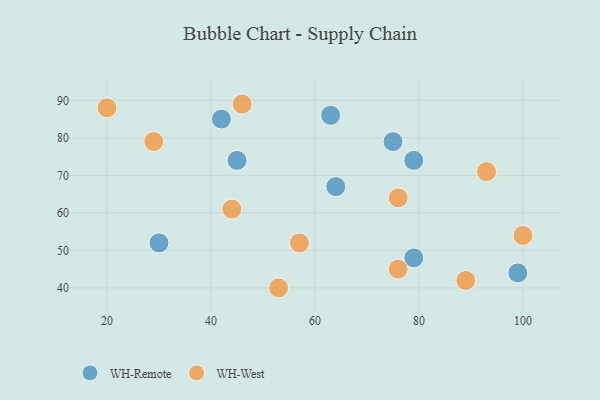
{"axis": {"x": "GDP", "y": "Life Expectancy"}, "legend": ["WH-Remote", "WH-West"], "data": [{"x": "45", "y": 74, "type": "WH-Remote"}, {"x": "64", "y": 67, "type": "WH-Remote"}, {"x": "99", "y": 44, "type": "WH-Remote"}, {"x": "30", "y": 52, "type": "WH-Remote"}, {"x": "42", "y": 85, "type": "WH-Remote"}, {"x": "79", "y": 74, "type": "WH-Remote"}, {"x": "75", "y": 79, "type": "WH-Remote"}, {"x": "79", "y": 48, "type": "WH-Remote"}, {"x": "63", "y": 86, "type": "WH-Remote"}, {"x": "53", "y": 40, "type": "WH-West"}, {"x": "93", "y": 71, "type": "WH-West"}, {"x": "20", "y": 88, "type": "WH-West"}, {"x": "89", "y": 42, "type": "WH-West"}, {"x": "46", "y": 89, "type": "WH-West"}, {"x": "29", "y": 79, "type": "WH-West"}, {"x": "100", "y": 54, "type": "WH-West"}, {"x": "57", "y": 52, "type": "WH-West"}, {"x": "76", "y": 64, "type": "WH-West"}, {"x": "44", "y": 61, "type": "WH-West"}, {"x": "76", "y": 45, "type": "WH-West"}]}